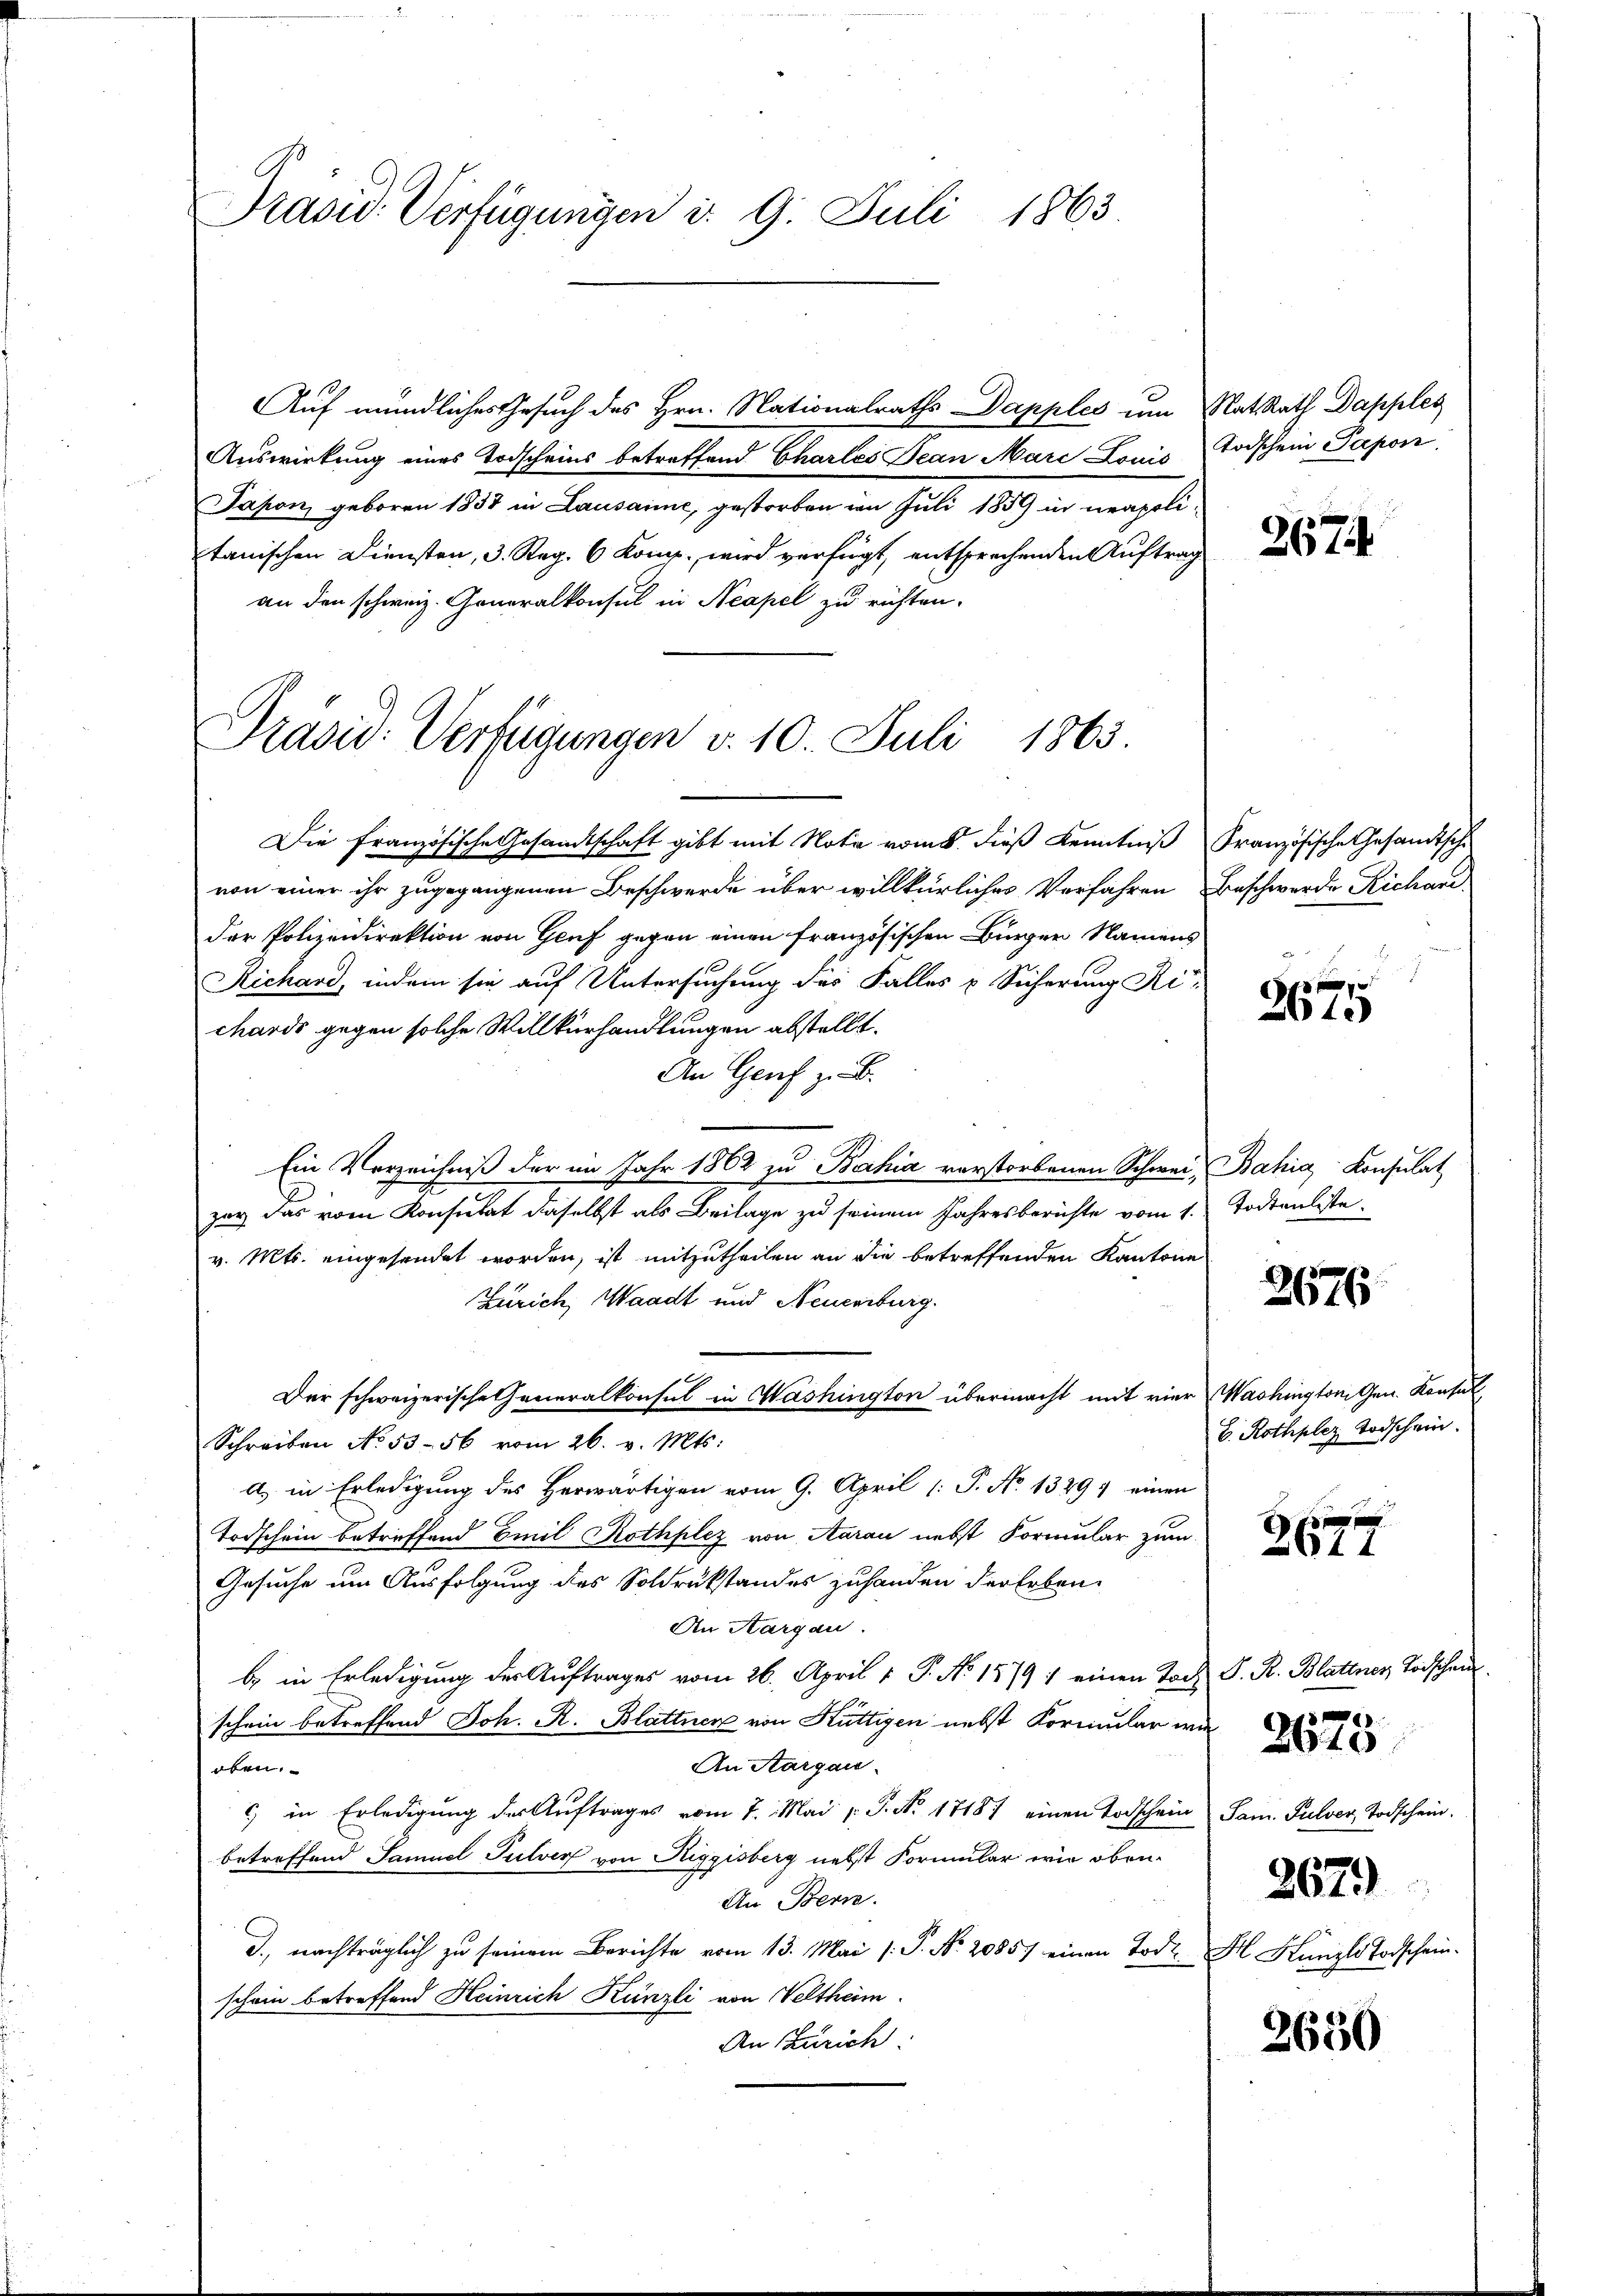
Präsid. Verfügungen d. 9. Juli 1863

Auf mündliches Gesuch des Hrn. Nationalraths Dapples um Rats Rath Dapples
Auswirkung eines Todscheins betreffend Charles Jean Marc Louis trischein Papon
Japon, geboren 1837 in Lausanne, gestorben im Juli 1859 in neapolitanischen Diensten, 3. Reg. 6 Komp., wird verfügt, entsprechenden Auftrag
an den schweiz. Generalkonsul in Neapel zu richten.

Präsid. Verfügungen v. 10. Juli 1863.

Die französische Gesandtschaft gibt mit Note vom 8. dieß Kenntniß Französische Gesandtsche
von einer ihr zugegangenen Beschwerde über willkürliches Verfahren Beschwerde Richari
der Polizeidirektion von Genf gegen einen französischen Bürger Namens
Richard, indem sie auf Untersuchung des Falles u Sicherung Ri
chards gegen solche Willkurhandlungen abstellt.
An Genf z. B.
Ein Verzeichniß der im Jahr 1862 zu Bahia verstorbenen Schwei, Bahia Konsulat
zur das vom Konsulat daselbst als Beilage zu seinem Jahresberichte vom 1.
v. Mts. eingesendet worden, ist mitzutheilen an die betreffenden Kantone
Zürich, Waadt und Neuenburg.
Der schweizerische Generalkonsul in Washington übermacht mit vier Washington Gen. Konsul
Schreiben No 53-56 vom 26. v. Mts.
a) in Erledigung des Herwärtigen vom 9. April 1: P. No 13297 einen
Todschein betreffend Emil Rothplez von Aarau nebst Formular zum
Gesuche um Ausfolgung des Soldrükstandes zuhanden der Erben.
An Aargau
b. in Erledigung der Auftrages vom 26. April 1. P. No 1579 : einen Tod P. R. Blattner Todschen
schein betreffend Joh. R. Blattner von Küttigen nebst Formular m
An Aargau.
oben.
c) in Erledigung des Auftrages vom 7. Mai v. J. N. 17187 einen Todschein Sam. Pulver, Todschein.
betreffend Samuel Pulver von Riggisberg nebst Formular wie oben¬
An Bern.
J., nachträglich zu seinem Berichte vom 13. Mai l. P. No. 20857 einen Tode
schein betreffend Heinrich Künzli von Veltheim.
An Zürich

2674

2619

Todtenliste.

2676

b. Rothpler Todschein.

f
2611

2675

2679

Kl. Kanzle Todschein.

2650